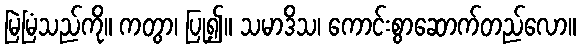
မြဲမြံသည်ကို။ ကတွာ၊ ပြု၍။ သမာဒိသ၊ ကောင်းစွာဆောက်တည်လော။